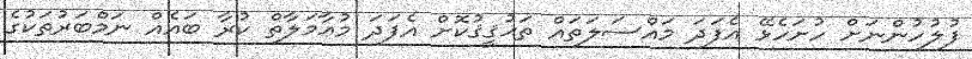
ފުލުހުންނަށް ހުށަހެޅޭ އެފަދަ މައްސަލަތައް ތަޙުޤީޤުކޮށް އެފަދަ މުޢާމަލާތް ކުރާ ބައެއް ނަމްބަރުތަކުގެ